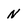
Character: N